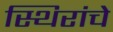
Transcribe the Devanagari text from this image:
स्थिरांचे